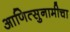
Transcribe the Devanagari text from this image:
आणित्सुनामीचा